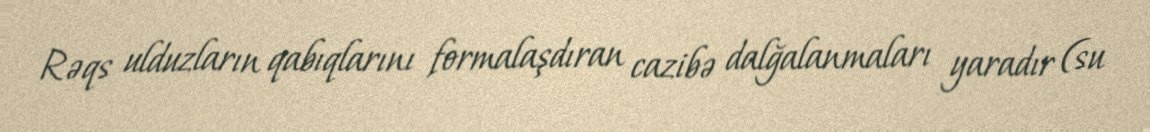
Rəqs ulduzların qabıqlarını formalaşdıran cazibə dalğalanmaları yaradır (su